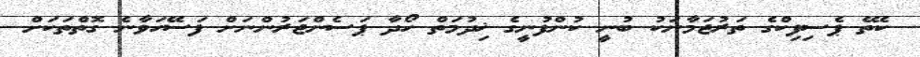
ކެތޭ ޕެސިފިކްގެ ތަރުޖަމާނަކު ބުނީ ކުންފުނީގެ ޚިދުމަތް ހޯދާ ޕަސެންޖަރުންނަށް ފަސޭހަވާނެ ގޮތްތަކަށް